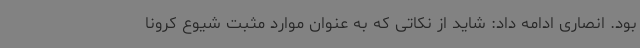
بود. انصاری ادامه داد: شاید از نکاتی که به عنوان موارد مثبت شیوع کرونا